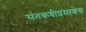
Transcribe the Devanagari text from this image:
संतकवींप्रमाणेच